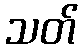
သတ်